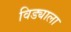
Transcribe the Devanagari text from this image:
विड्याला